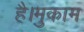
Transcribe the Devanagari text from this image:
है।मुकाम